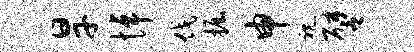
旱悼伐掘申视譬